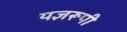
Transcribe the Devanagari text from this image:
यज्ञरूपी